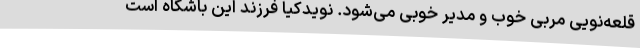
قلعه‌نویی مربی خوب و مدیر خوبی می‌شود. نویدکیا فرزند این باشگاه است